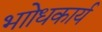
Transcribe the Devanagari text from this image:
भाोधकार्य